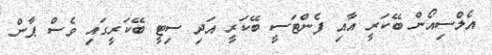
އެލްސިއޯން ބޭކަރީ އާއި ފެންޓަސީ ބޭކަރީ އަދި ސިޓީ ބޭކަރީގައި ވެސް ޕާން